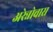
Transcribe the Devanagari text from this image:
अरेन्नोवास